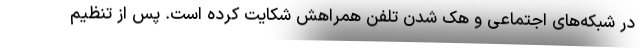
در شبکه‌های اجتماعی و هک شدن تلفن همراهش شکایت کرده است. پس از تنظیم